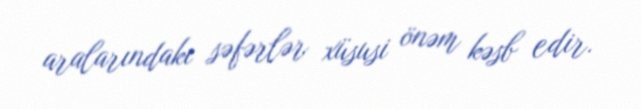
aralarındakı səfərlər xüsusi önəm kəsb edir.